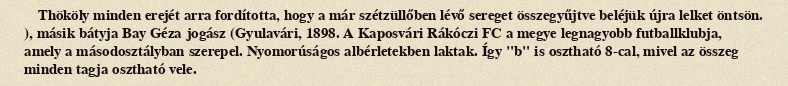
Thököly minden erejét arra fordította, hogy a már szétzüllőben lévő sereget összegyűjtve beléjük újra lelket öntsön. ), másik bátyja Bay Géza jogász (Gyulavári, 1898. A Kaposvári Rákóczi FC a megye legnagyobb futballklubja, amely a másodosztályban szerepel. Nyomorúságos albérletekben laktak. Így "b" is osztható 8-cal, mivel az összeg minden tagja osztható vele.